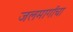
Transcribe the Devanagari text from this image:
जलमार्गाचा